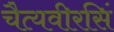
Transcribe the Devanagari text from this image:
चैत्यवीरसिं